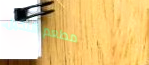
مطعم النخيل